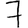
Digit: 7